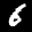
Label: 6